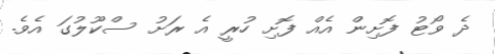
ދެ ވޯޓު ފޮށިން އެއް ފޮށި ހުރީ އެ ރަށު ސްކޫލުގަ އެވެ.